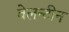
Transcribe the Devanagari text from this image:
वेलन्टीन